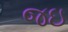
જઇ